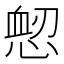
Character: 𢜷